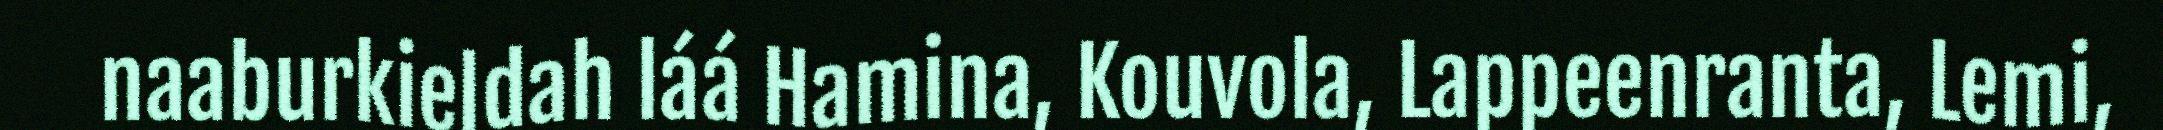
naaburkieldah láá Hamina, Kouvola, Lappeenranta, Lemi,